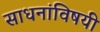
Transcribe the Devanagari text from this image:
साधनांविषयी